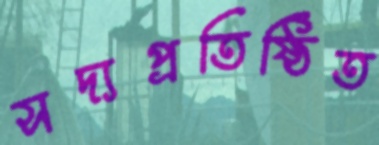
সদ্যপ্রতিষ্ঠিত